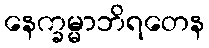
နေက္ခမ္မာဘိရတေန